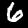
Label: 6